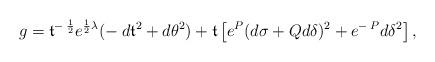
LaTeX: \begin{align*} g = {\frak t}^{- \: \frac12} e^{\frac12 \lambda} (- \: d{\frak t}^2 + d\theta^2) + {\frak t} \left[ e^P (d\sigma + Q d\delta)^2 + e^{- \: P} d\delta^2 \right], \end{align*}